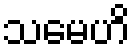
သမေဟိ